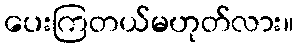
ပေးကြတယ်မဟုတ်လား။